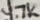
Text: 4.7K